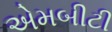
એમબીટી